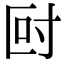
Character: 尀